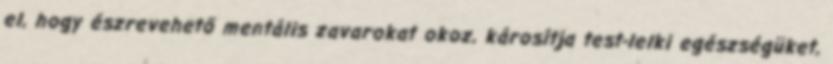
el, hogy észrevehető mentális zavarokat okoz, károsítja test-lelki egészségüket,